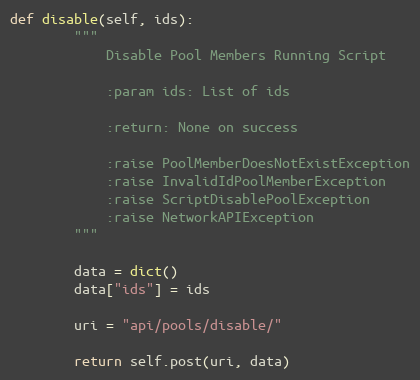
Language: Python
def disable(self, ids):
        """
            Disable Pool Members Running Script

            :param ids: List of ids

            :return: None on success

            :raise PoolMemberDoesNotExistException
            :raise InvalidIdPoolMemberException
            :raise ScriptDisablePoolException
            :raise NetworkAPIException
        """

        data = dict()
        data["ids"] = ids

        uri = "api/pools/disable/"

        return self.post(uri, data)